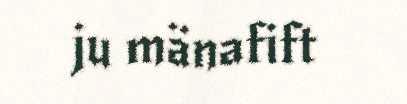
ju mänafift